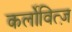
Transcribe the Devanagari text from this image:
कर्लोवित्ज़